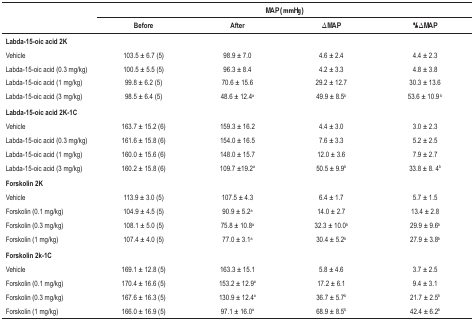
<table><thead><tr><td rowspan="2"><b> </b></td><td colspan="4"><b>MAP (mmHg)</b></td></tr><tr><td><b>Before</b></td><td><b>After</b></td><td><b>ΔMAP</b></td><td><b>%ΔMAP</b></td></tr></thead><tbody><tr><td colspan="5"><b>Labda-15-oic acid 2K</b></td></tr><tr><td>Vehicle</td><td>103.5 ± 6.7 (5)</td><td>98.9 ± 7.0</td><td>4.6 ± 2.4</td><td>4.4 ± 2.3</td></tr><tr><td>Labda-15-oic acid (0.3 mg/kg)</td><td>100.5 ± 5.5 (5)</td><td>96.3 ± 8.4</td><td>4.2 ± 3.3</td><td>4.8 ± 3.8</td></tr><tr><td>Labda-15-oic acid (1 mg/kg)</td><td>99.8 ± 6.2 (5)</td><td>70.6 ± 15.6</td><td>29.2 ± 12.7</td><td>30.3 ± 13.6</td></tr><tr><td>Labda-15-oic acid (3 mg/kg)</td><td>98.5 ± 6.4 (5)</td><td>48.6 ± 12.4<sup>a</sup></td><td>49.9 ± 8.5<sup>b</sup></td><td>53.6 ± 10.9 <sup>b</sup></td></tr><tr><td colspan="5"><b>Labda-15-oic acid2K-1C</b></td></tr><tr><td>Vehicle</td><td>163.7 ± 15.2 (6)</td><td>159.3 ± 16.2</td><td>4.4 ± 3.0</td><td>3.0 ± 2.3</td></tr><tr><td>Labda-15-oic acid (0.3 mg/kg)</td><td>161.6 ± 15.8 (6)</td><td>154.0 ± 16.5</td><td>7.6 ± 3.3</td><td>5.2 ± 2.5</td></tr><tr><td>Labda-15-oic acid (1 mg/kg)</td><td>160.0 ± 15.6 (6)</td><td>148.0 ± 15.7</td><td>12.0 ± 3.6</td><td>7.9 ± 2.7</td></tr><tr><td>Labda-15-oic acid (3 mg/kg)</td><td>160.2 ± 15.8 (6)</td><td>109.7 ±19.2<sup>a</sup></td><td>50.5 ± 9.9<sup>b</sup></td><td>33.8 ± 8. 4<sup>b</sup></td></tr><tr><td colspan="5"><b>Forskolin 2K</b></td></tr><tr><td>Vehicle</td><td>113.9 ± 3.0 (5)</td><td>107.5 ± 4.3</td><td>6.4 ± 1.7</td><td>5.7 ± 1.5</td></tr><tr><td>Forskolin (0.1 mg/kg)</td><td>104.9 ± 4.5 (5)</td><td>90.9 ± 5.2<sup>a</sup></td><td>14.0 ± 2.7</td><td>13.4 ± 2.8</td></tr><tr><td>Forskolin (0.3 mg/kg)</td><td>108.1 ± 5.0 (5)</td><td>75.8 ± 10.8<sup>a</sup></td><td>32.3 ± 10.0<sup>b</sup></td><td>29.9 ± 9.6<sup>b</sup></td></tr><tr><td>Forskolin (1 mg/kg)</td><td>107.4 ± 4.0 (5)</td><td>77.0 ± 3.1<sup>a</sup></td><td>30.4 ± 5.2<sup>b</sup></td><td>27.9 ± 3.8<sup>b</sup></td></tr><tr><td colspan="5"><b>Forskolin 2k-1C</b></td></tr><tr><td>Vehicle</td><td>169.1 ± 12.8 (5)</td><td>163.3 ± 15.1</td><td>5.8 ± 4.6</td><td>3.7 ± 2.5</td></tr><tr><td>Forskolin (0.1 mg/kg)</td><td>170.4 ± 16.6 (5)</td><td>153.2 ± 12.9<sup>a</sup></td><td>17.2 ± 6.1</td><td>9.4 ± 3.1</td></tr><tr><td>Forskolin (0.3 mg/kg)</td><td>167.6 ± 16.3 (5)</td><td>130.9 ± 12.4<sup>a</sup></td><td>36.7 ± 5.7<sup>b</sup></td><td>21.7 ± 2.5<sup>b</sup></td></tr><tr><td>Forskolin (1 mg/kg)</td><td>166.0 ± 16.9 (5)</td><td>97.1 ± 16.0<sup>a</sup></td><td>68.9 ± 8.5<sup>b</sup></td><td>42.4 ± 6.2<sup>b</sup></td></tr></tbody></table>